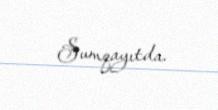
Sumqayıtda.